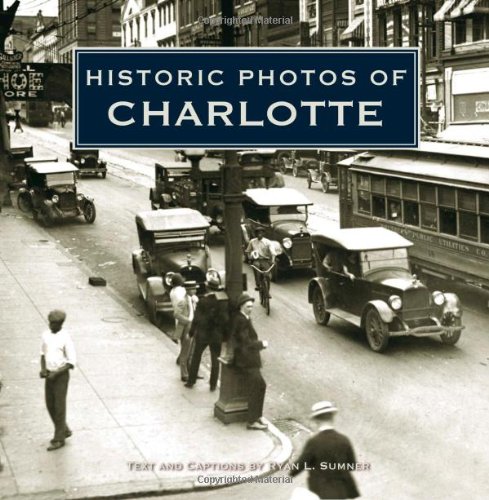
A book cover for Historic Photos of Charlotte; Ryan Sumner; Arts & Photography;